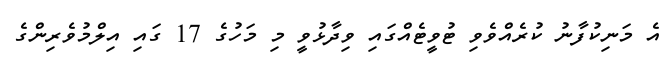
އެ މަނިކުފާނު ކުރެއްވެވި ޓުވީޓެއްގައި ވިދާޅުވީ މި މަހުގެ 17 ގައި އިލްމުވެރިންގެ